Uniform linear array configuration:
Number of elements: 8
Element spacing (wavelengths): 0.5
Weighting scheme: cosine
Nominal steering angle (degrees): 15
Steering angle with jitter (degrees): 16.271
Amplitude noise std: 0.05
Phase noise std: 0.05

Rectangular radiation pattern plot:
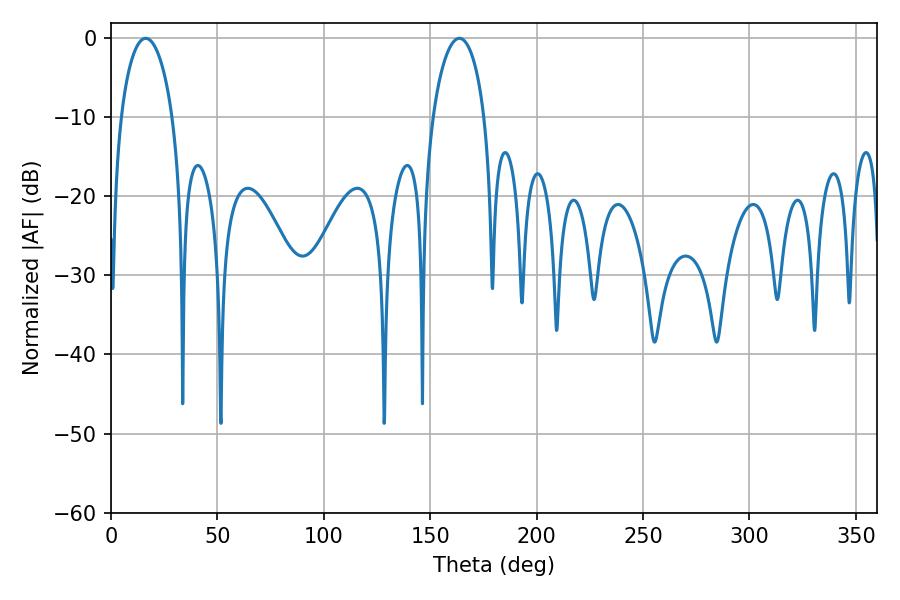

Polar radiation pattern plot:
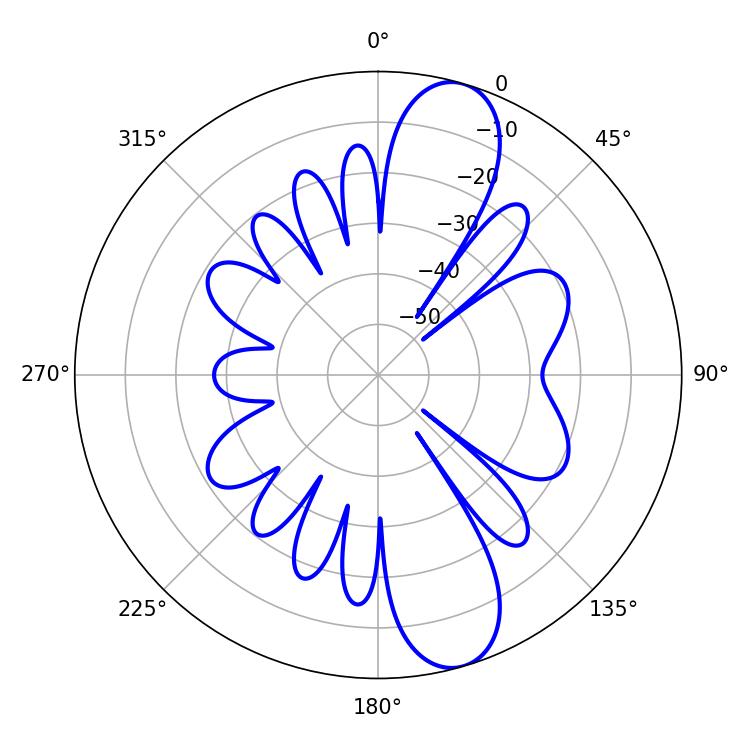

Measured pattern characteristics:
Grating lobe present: FALSE
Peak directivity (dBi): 11.327
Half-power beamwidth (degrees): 13.86
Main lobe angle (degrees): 16.38